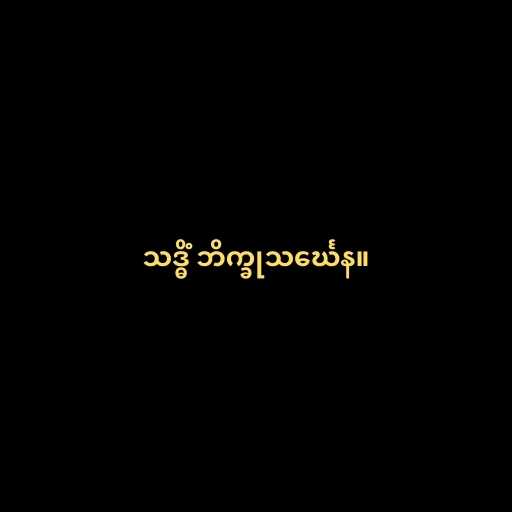
သဒ္ဓိံ ဘိက္ခုသင်္ဃေန။